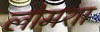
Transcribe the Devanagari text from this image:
लोमशा